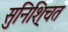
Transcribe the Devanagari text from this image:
सुनिशि्चत